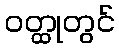
ဝတ္ထုတွင်